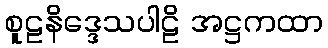
စူဠနိဒ္ဒေသပါဠိ အဋ္ဌကထာ